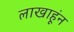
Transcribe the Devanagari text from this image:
लाखाहूंन